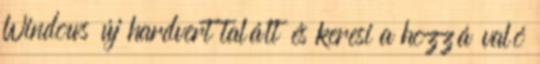
Windows új hardvert talált és keresi a hozzá való